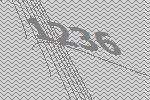
1236